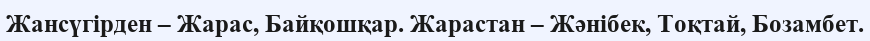
Жансүгірден – Жарас, Байқошқар. Жарастан – Жәнібек, Тоқтай, Бозамбет.